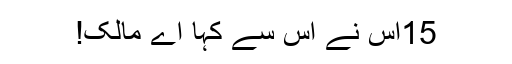
15اُس نے اُس سے کہا اَے مالِک!